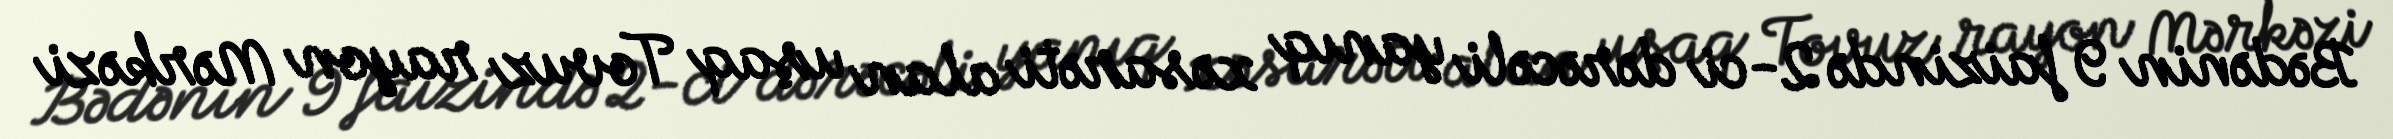
Bədənin 9 faizində 2-ci dərəcəli yanıq xəsarəti alan uşaq Tovuz rayon Mərkəzi